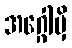
အဂ္ဂေါမှိ